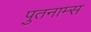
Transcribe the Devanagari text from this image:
पुतनाम्स